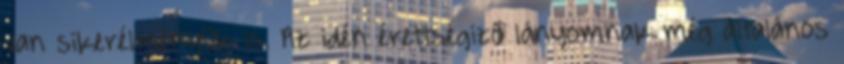
van sikerélményük is. Az idén érettségiző lányomnak még általános